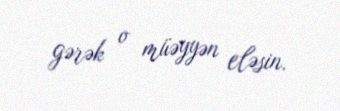
gərək o müəyyən eləsin.